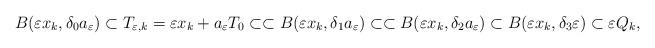
LaTeX: \begin{align*}B(\varepsilon {x_k},{\delta _0}{a_\varepsilon}) \subset T_{\varepsilon ,k} = \varepsilon {x_k} + a_\varepsilon T_{0} \subset \subset B(\varepsilon {x_k},{\delta _1}{a_\varepsilon}) \subset \subset B(\varepsilon {x_k},{\delta _2}{a_\varepsilon}) \subset B(\varepsilon {x_k}, \delta_3\varepsilon) \subset \varepsilon {Q_k},\end{align*}